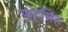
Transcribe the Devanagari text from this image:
फहसिंह